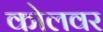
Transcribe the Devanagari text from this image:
कोलवर